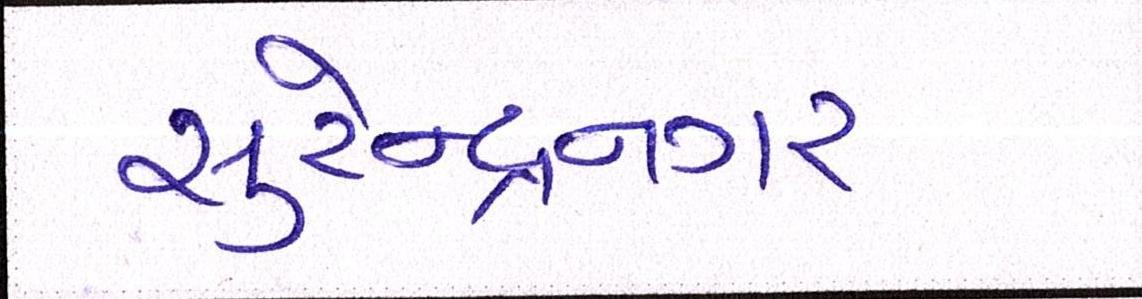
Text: સુરેન્દ્રનગર